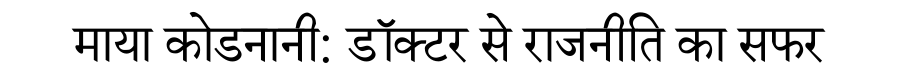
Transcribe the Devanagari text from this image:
माया कोडनानी: डॉक्टर से राजनीति का सफर